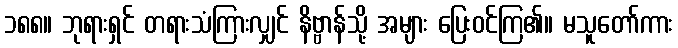
၁၈၈။ ဘုရားရှင် တရားသံကြားလျှင် နိဗ္ဗာန်သို့ အများ ပြေးဝင်ကြ၏။ မသူတော်ကား